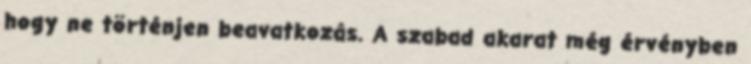
hogy ne történjen beavatkozás. A szabad akarat még érvényben